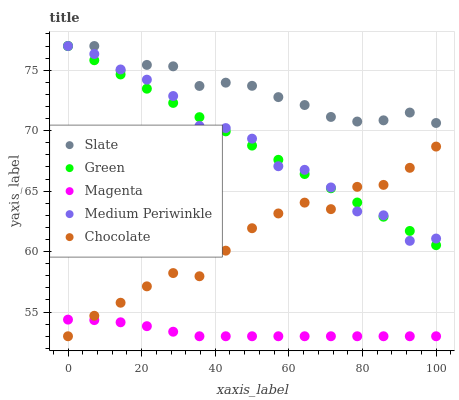
| xaxis_label | Slate | Green | Magenta | Medium Periwinkle | Chocolate |
 | --- | --- | --- | --- | --- | --- |
 | 0 | 77 | 77 | 54.4 | 77 | 53 |
 | 7.14 | 77 | 75.8 | 54.3 | 76.3 | 54.7 |
 | 14.3 | 75 | 74.6 | 54.2 | 75.1 | 55.8 |
 | 21.4 | 75.4 | 73.5 | 53.8 | 74.2 | 57.1 |
 | 28.6 | 75.3 | 72.3 | 53.4 | 72.9 | 58.2 |
 | 35.7 | 73.7 | 71.1 | 53 | 70.4 | 58 |
 | 42.9 | 74 | 69.9 | 53 | 70.2 | 60.1 |
 | 50 | 73.7 | 68.8 | 53 | 69.3 | 61.9 |
 | 57.1 | 72.8 | 67.6 | 53 | 67.1 | 63.2 |
 | 64.3 | 72.1 | 66.4 | 53 | 66.8 | 64 |
 | 71.4 | 71.1 | 65.2 | 53 | 65.3 | 63.5 |
 | 78.6 | 70.8 | 64.1 | 53 | 63.3 | 65.4 |
 | 85.7 | 70.9 | 62.9 | 53 | 63 | 65.5 |
 | 92.9 | 71.5 | 61.7 | 53 | 60.9 | 66.9 |
 | 100 | 70.6 | 60.5 | 53 | 61.1 | 68.7 |